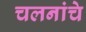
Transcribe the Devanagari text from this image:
चलनांचे